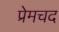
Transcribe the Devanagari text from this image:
प्रेमचद